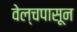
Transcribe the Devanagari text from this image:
वेल्चपासून